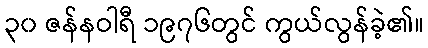
၃၀ ဇန်နဝါရီ ၁၉၇၆တွင် ကွယ်လွန်ခဲ့၏။